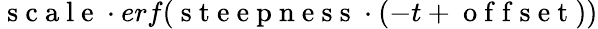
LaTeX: \mathrm{~s~c~a~l~e~}\cdot erf(\mathrm{~s~t~e~e~p~n~e~s~s~}\cdot(-t+\mathrm{~o~f~f~s~e~t~}))